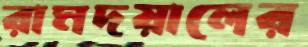
রামদয়ালের